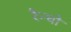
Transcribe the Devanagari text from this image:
रैन्चो